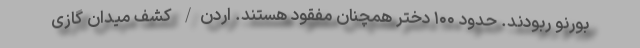
بورنو ربودند. حدود ۱۰۰ دختر همچنان مفقود هستند. اردن/ کشف میدان گازی